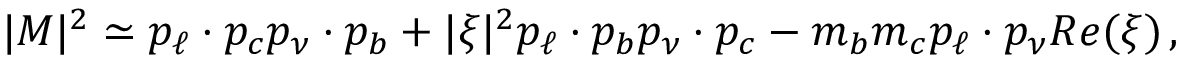
| { \cal M } | ^ { 2 } \simeq p _ { \ell } \cdot p _ { c } p _ { \nu } \cdot p _ { b } + | \xi | ^ { 2 } p _ { \ell } \cdot p _ { b } p _ { \nu } \cdot p _ { c } - m _ { b } m _ { c } p _ { \ell } \cdot p _ { \nu } R e ( \xi ) \, ,